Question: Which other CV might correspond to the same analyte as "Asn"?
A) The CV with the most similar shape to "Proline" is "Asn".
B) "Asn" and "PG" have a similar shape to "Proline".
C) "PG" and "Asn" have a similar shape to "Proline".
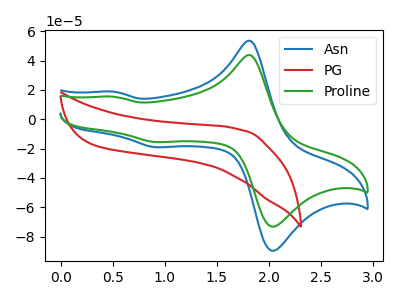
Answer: <think>The blue curve "Asn" has anodic peaks at (1.80V, 53.30uA) (0.50V, 18.75uA) and cathodic peaks at (2.10V, -88.70uA) (0.90V, -19.05uA). The red curve "PG" has no peaks. The green curve "Proline" has anodic peaks at (1.80V, 43.55uA) (0.50V, 15.30uA) and cathodic peaks at (2.10V, -72.45uA) (0.90V, -15.55uA).
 "Asn" and "PG" have a different number of peaks. All the peaks in "Asn" have a peak in "Proline" at the same potential. Every peak in "Asn" is higher than every peak in "Proline". "PG" and "Proline" have a different number of peaks.</think>
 <answer>A) The CV with the most similar shape to "Proline" is "Asn".</answer>
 <eval>A</eval>